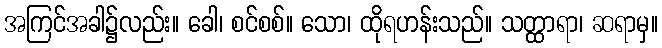
အကြင်အခါ၌လည်း။ ခေါ၊ စင်စစ်။ သော၊ ထိုရဟန်းသည်။ သတ္ထာရာ၊ ဆရာမှ။